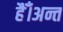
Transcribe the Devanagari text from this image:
हैँ।अन्त